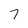
Character: 7